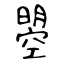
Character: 曌